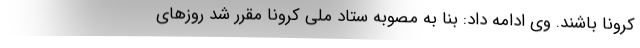
کرونا باشند. وی ادامه داد: بنا به مصوبه ستاد ملی کرونا مقرر شد روزهای